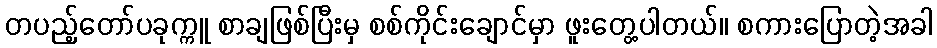
တပည့်တော်ပခုက္ကူ စာချဖြစ်ပြီးမှ စစ်ကိုင်းချောင်မှာ ဖူးတွေ့ပါတယ်။ စကားပြောတဲ့အခါ